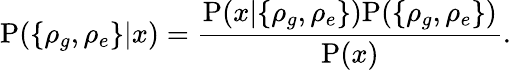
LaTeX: \mathrm P(\{ \rho_{g},\rho_{e}\} |x)=\frac{\mathrm P(x|\{ \rho_{g},\rho_{e}\} )\mathrm P(\{ \rho_{g},\rho_{e}\} )}{\mathrm P(x)}.